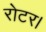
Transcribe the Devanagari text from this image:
रोटर।